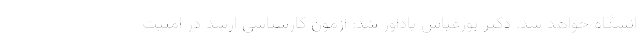
انشگاه خواهد شد. دکتر پورعباس یادآور شد: آزمون کارشناسی ارشد در امنیت